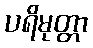
ပရိမုတ္တာ